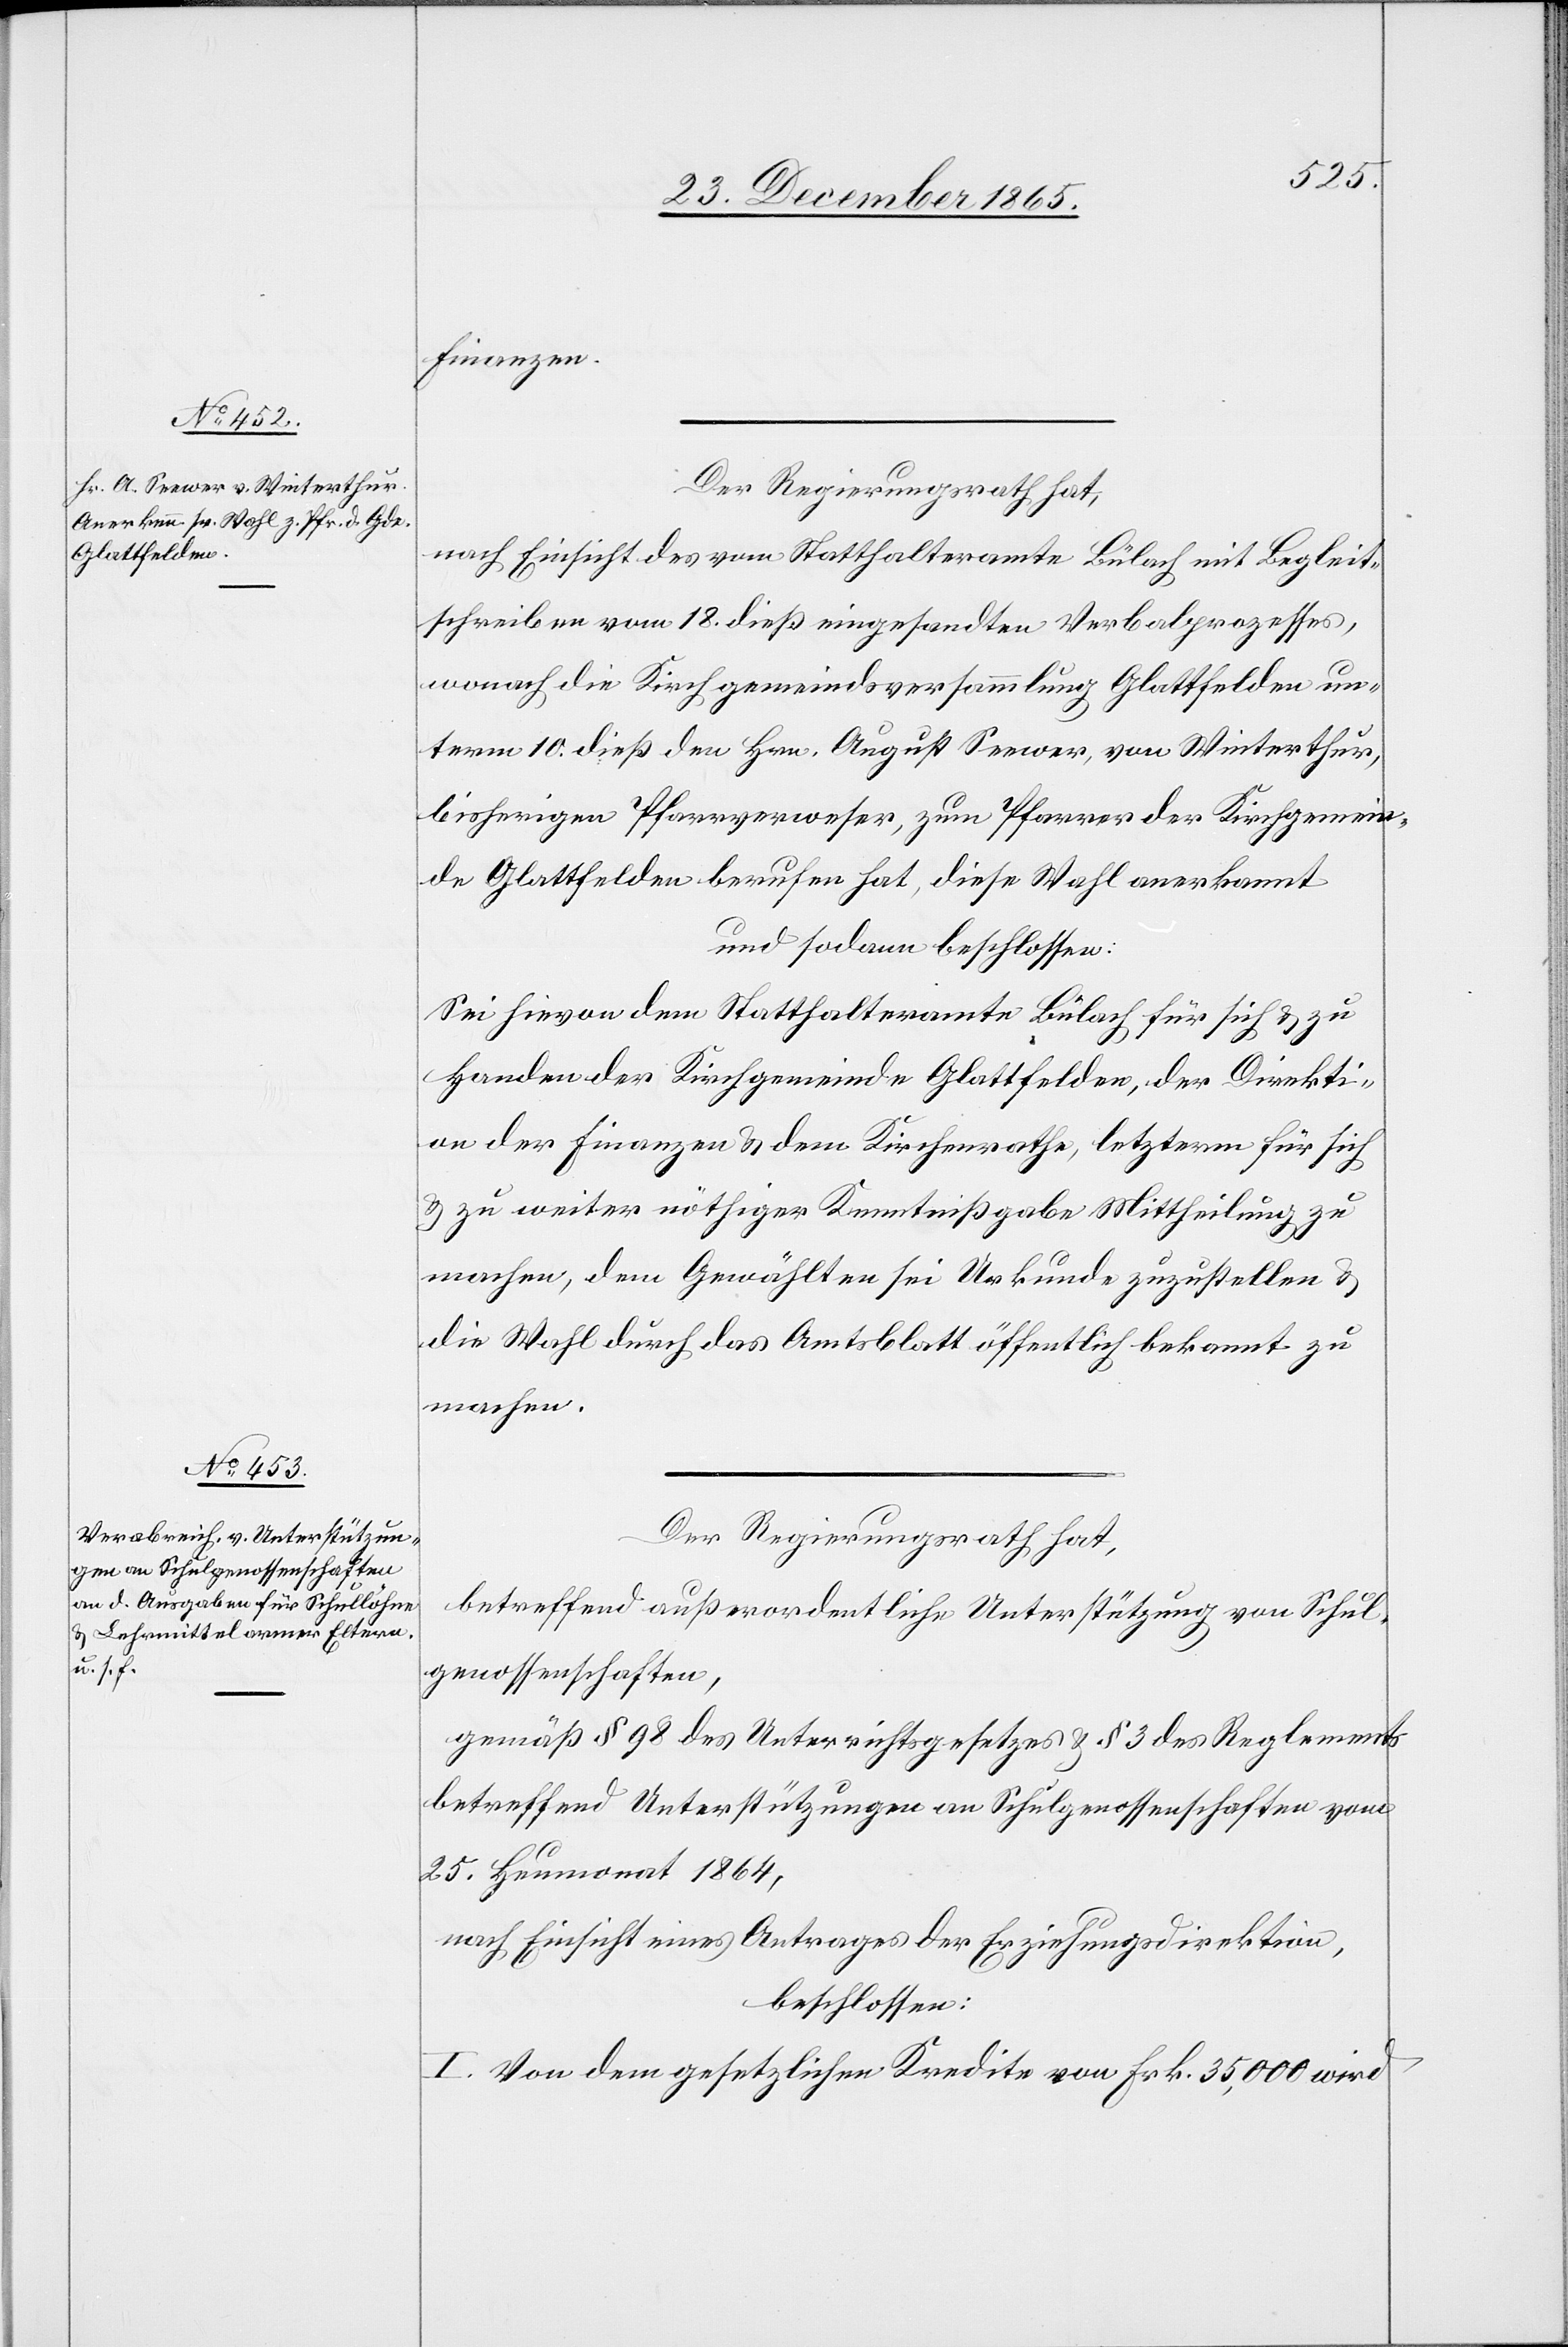
Finanzen.
Der Regierungsrath hat,
nach Einsicht des vom Statthalteramte Bülach mit Begleit¬
schreiben vom 18. dieß eigesandten Verbalprozesses,
wonach die Kirchgemeindsversammlung Glattfelden un¬
term 10. dieß den Hrn. August Seewer, von Winterthur,
bisherigen Pfarrverweser, zum Pfarrer der Kirchgemein¬
de Glattfelden berufen hat, diese Wahl anerkannt
und sodann beschlossen:
Sei hievon dem Statthalteramte Bülach für sich & zu
Handen der Kirchgemeinde Glattfelden, der Direkti¬
on der Finanzen & dem Kirchenrathe, letzterm für sich
& zu weiter nöthiger Kenntnißgabe Mittheilung zu
machen, dem Gewählten sei Urkunde zuzustellen &
die Wahl durch das Amtsblatt öffentlich bekannt zu
machen.
Der Regierungsrath hat,
betreffend außerordentliche Unterstützung von Schul¬
genossenschaften,
gemäß § 98 des Unterrichtsgesetzes & § 3 des Reglements
betreffend Unterstützungen an Schulgenossenschaften vom
25. Heumonat 1864,
nach Einsicht eines Antrages der Erziehungsdirektion,
beschlossen:
I. Von dem gesetzlichen Kredite von Frk. 35,000 wird